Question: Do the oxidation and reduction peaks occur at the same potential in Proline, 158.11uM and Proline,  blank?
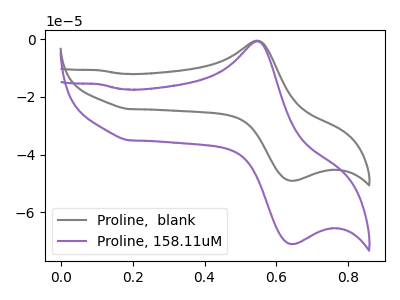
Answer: <think>The gray curve "Proline,  blank" has an anodic peak at (0.55V, -0.50uA) and a cathodic peak at (0.65V, -49.05uA). The purple curve "Proline, 158.11uM" has an anodic peak at (0.55V, -0.75uA) and a cathodic peak at (0.65V, -70.95uA).</think>
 <answer>Yes, "Proline, 158.11uM" have a peak in "Proline,  blank" at the same potential.</answer>
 <eval>match</eval>